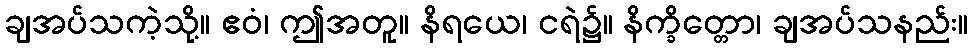
ချအပ်သကဲ့သို့။ ဧဝံ၊ ဤအတူ။ နိရယေ၊ ငရဲ၌။ နိက္ခိတ္တော၊ ချအပ်သနည်း။